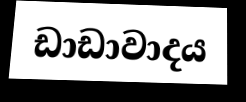
ඩාඩාවාදය